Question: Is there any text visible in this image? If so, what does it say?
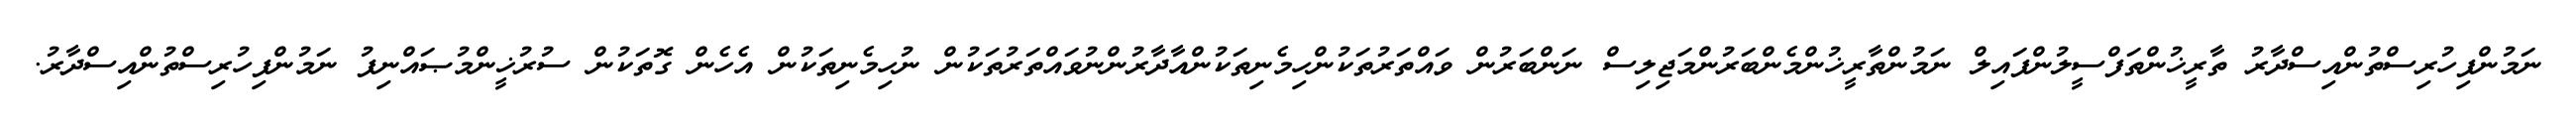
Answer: ނަމުންފިހުރިސްތުންއިސްދާރު ތާރީޚުންތަފްސީލުންފައިލް ނަމުންތާރީޚުންމެންބަރުންމަޖިލިސް ނަންބަރުން ވައްތަރުތަކުންހިމެނިތަކުންއާދާރުންނުވައްތަރުތަކުން ނުހިމެނިތަކުން އެހެން ގޮތަކުން ސުރުޚީންމުޞައްނިފު ނަމުންފިހުރިސްތުންއިސްދާރު.